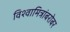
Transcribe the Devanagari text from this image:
विश्वामित्रांबरोबर